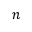
n